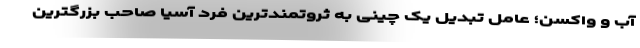
آب و واکسن؛ عامل تبدیل یک چینی به ثروتمندترین فرد آسیا صاحب بزرگترین